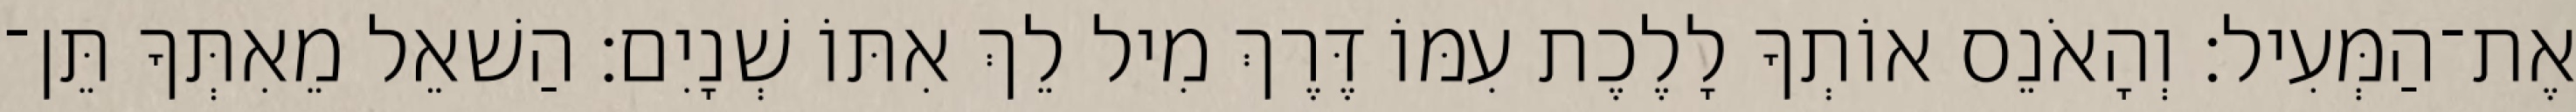
אֶת־הַמְּעִיל׃ וְהָאֹנֵס אוֹתְךָ לָלֶכֶת עִמּוֹ דֶּרֶךְ מִיל לֵךְ אִתּוֹ שְׁנָיִם׃ הַשׁאֵל מֵאִתְּךָ תֵּן־